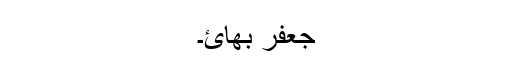
جعفر بھائ۔